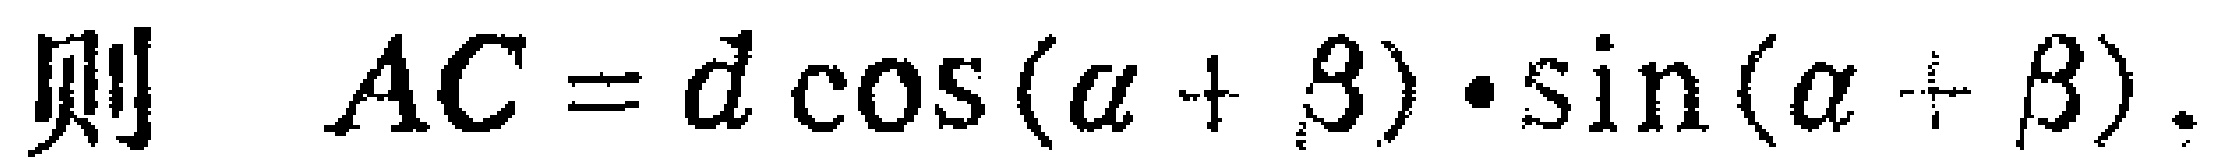
则 \(AC = d\cos(\alpha + \beta)\cdot\sin(\alpha + \beta)\)。